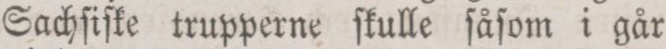
Sachſiſke trupperne ſkulle ſåſom i går